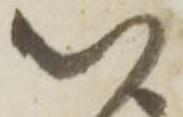
以